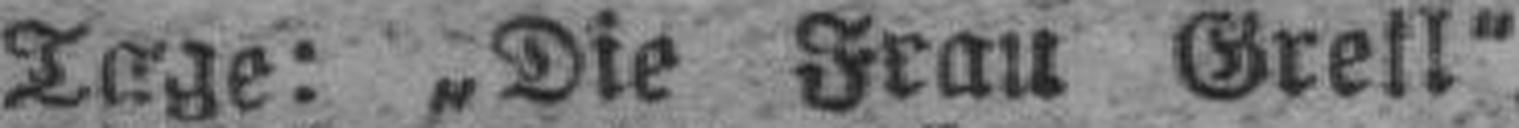
Tage: „Die Frau Grell“